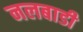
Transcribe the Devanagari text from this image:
नलबाडी